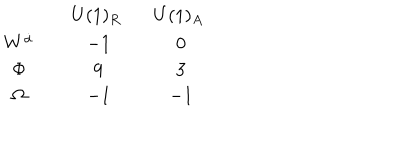
\begin{array} { c c c } { { } } & { { ~ U ( 1 ) _ { R } ~ ~ } } & { { ~ U ( 1 ) _ { A } ~ ~ } } \\ { { W ^ { \dot { \alpha } } } } & { { - 1 } } & { { 0 } } \\ { { \Phi } } & { { 9 } } & { { 3 } } \\ { { \Omega } } & { { - 1 } } & { { - 1 } } \\ \end{array}